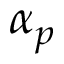
\alpha _ { p }